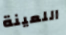
اللعينة